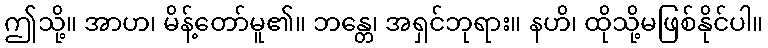
ဤသို့။ အာဟ၊ မိန့်တော်မူ၏။ ဘန္တေ၊ အရှင်ဘုရား။ နဟိ၊ ထိုသို့မဖြစ်နိုင်ပါ။